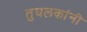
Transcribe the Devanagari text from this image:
तुघलकांनी